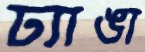
ঢ্যাঙা